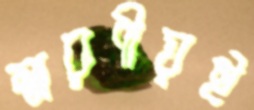
স্মরণীয়ই